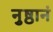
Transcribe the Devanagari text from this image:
नुष्ठानं